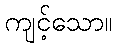
ကျင့်သော။